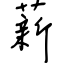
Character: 薪